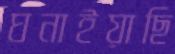
ঘনাইয়াছি